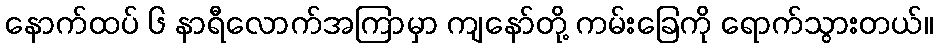
နောက်ထပ် ၆ နာရီလောက်အကြာမှာ ကျနော်တို့ ကမ်းခြေကို ရောက်သွားတယ်။